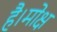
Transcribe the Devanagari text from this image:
है।मोक्ष